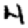
Digit: 4